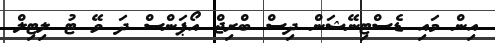
އިން މައި ޑެސްޓިނޭޝަން ދިސް ބްރިޖް އޯޕަންސް ދަ ވޭ ޓު ލިޓިލް